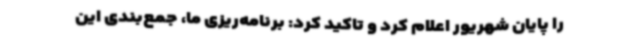
را پایان شهریور اعلام کرد و تاکید کرد: برنامه‌ریزی ما، جمع‌بندی این